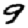
Digit: 9